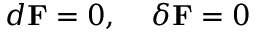
d { \bf F } = 0 , \; \; \; \; \delta { \bf F } = 0